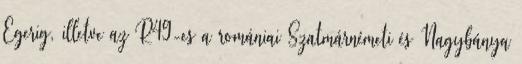
Egerig, illetve az R49-es a romániai Szatmárnémeti és Nagybánya